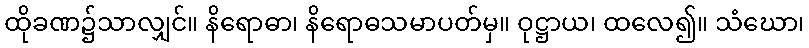
ထိုခဏ၌သာလျှင်။ နိရောဓာ၊ နိရောဓသမာပတ်မှ။ ဝုဋ္ဌာယ၊ ထလေ၍။ သံဃော၊